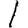
Digit: 1